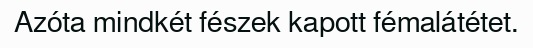
Azóta mindkét fészek kapott fémalátétet.